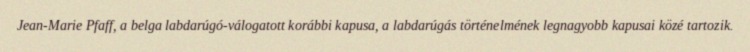
Jean-Marie Pfaff, a belga labdarúgó-válogatott korábbi kapusa, a labdarúgás történelmének legnagyobb kapusai közé tartozik.